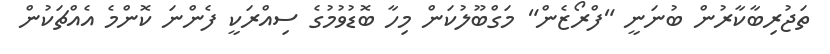
ތަޖުރިބާކާރުން ބުނަނީ "ފްރޯޒެން" މަގްބޫލުކަން މިހާ ބޮޑުވުމުގެ ސިއްރަކީ ފެންނަ ކޮންމެ އެއްޗަކުން